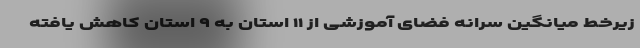
زیرخط میانگین سرانه فضای آموزشی از ۱۱ استان به ۹ استان کاهش یافته